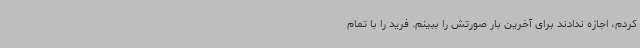
کردم، اجازه ندادند برای آخرین بار صورتش را ببینم. فرید را با تمام